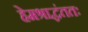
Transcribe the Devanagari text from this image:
हेमश्राद्धंततः